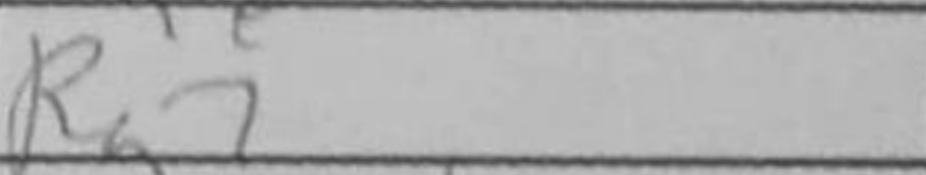
Transcription: Rg7